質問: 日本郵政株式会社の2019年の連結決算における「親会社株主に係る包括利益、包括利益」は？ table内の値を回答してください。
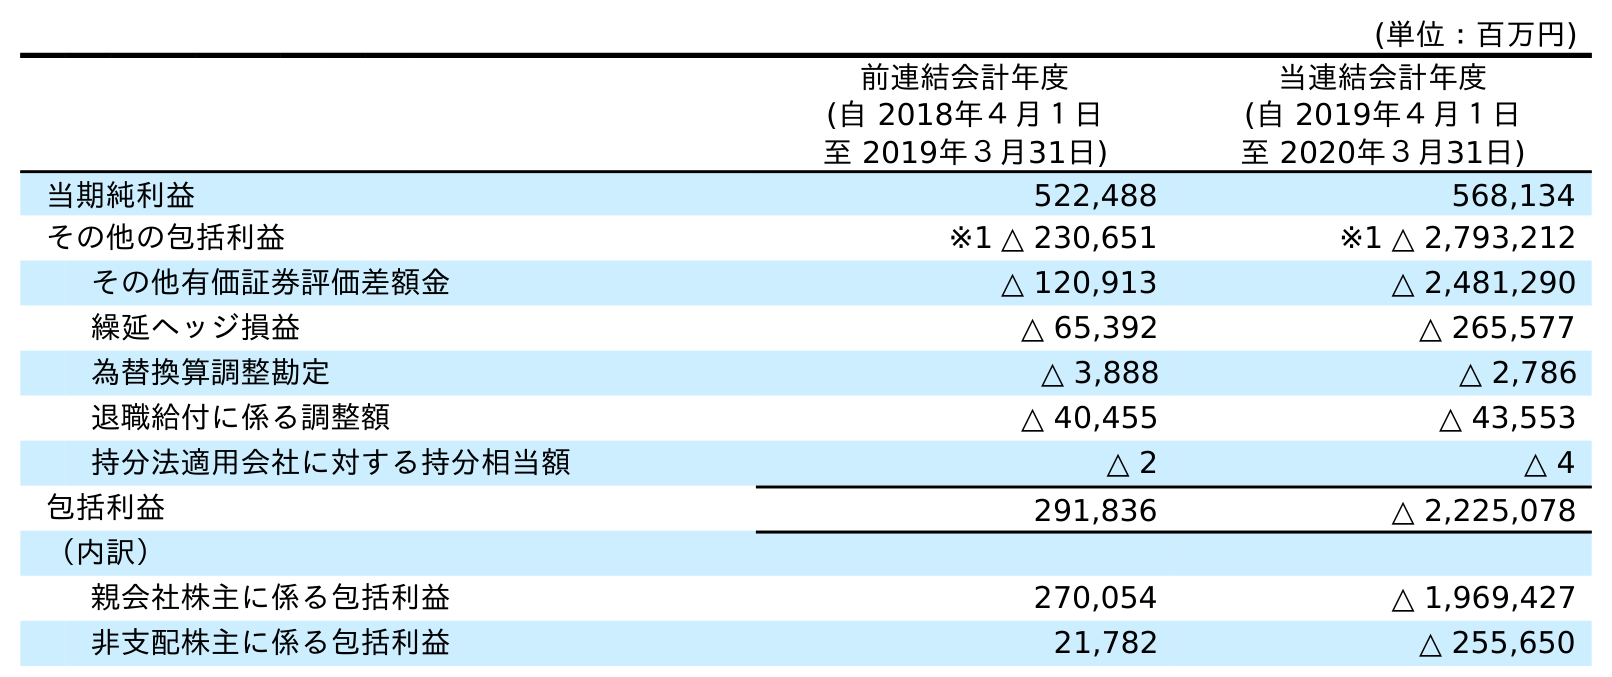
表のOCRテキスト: (単位：百万円) 前連結会計年度 (自 2018年４月１日 至 2019年３月31日) 当連結会計年度 (自 2019年４月１日 至 2020年３月31日) 当期純利益 522,488 568,134 その他の包括利益 ※1 △ 230,651 ※1 △ 2,793,212 その他有価証券評価差額金 △ 120,913 △ 2,481,290 繰延ヘッジ損益 △ 65,392 △ 265,577 為替換算調整勘定 △ 3,888 △ 2,786 退職給付に係る調整額 △ 40,455 △ 43,553 持分法適用会社に対する持分相当額 △ 2 △ 4 包括利益 291,836 △ 2,225,078 （内訳） 親会社株主に係る包括利益 270,054 △ 1,969,427 非支配株主に係る包括利益 21,782 △ 255,650
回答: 270,054